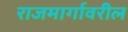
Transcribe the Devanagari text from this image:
राजमार्गावरील